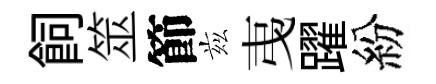
飼筮節兹𢎯躍紛